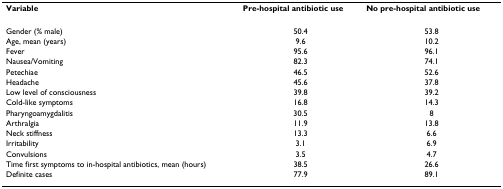
<table><thead><tr><td><b>Variable</b></td><td><b>Pre-hospital antibiotic use</b></td><td><b>No pre-hospital antibiotic use</b></td></tr></thead><tbody><tr><td>Gender (% male)</td><td>50.4</td><td>53.8</td></tr><tr><td>Age, mean (years)</td><td>9.6</td><td>10.2</td></tr><tr><td>Fever</td><td>95.6</td><td>96.1</td></tr><tr><td>Nausea/Vomiting</td><td>82.3</td><td>74.1</td></tr><tr><td>Petechiae</td><td>46.5</td><td>52.6</td></tr><tr><td>Headache</td><td>45.6</td><td>37.8</td></tr><tr><td>Low level of consciousness</td><td>39.8</td><td>39.2</td></tr><tr><td>Cold-like symptoms</td><td>16.8</td><td>14.3</td></tr><tr><td>Pharyngoamygdalitis</td><td>30.5</td><td>8</td></tr><tr><td>Arthralgia</td><td>11.9</td><td>13.8</td></tr><tr><td>Neck stiffness</td><td>13.3</td><td>6.6</td></tr><tr><td>Irritability</td><td>3.1</td><td>6.9</td></tr><tr><td>Convulsions</td><td>3.5</td><td>4.7</td></tr><tr><td>Time first symptoms to in-hospital antibiotics, mean (hours)</td><td>38.5</td><td>26.6</td></tr><tr><td>Definite cases</td><td>77.9</td><td>89.1</td></tr></tbody></table>